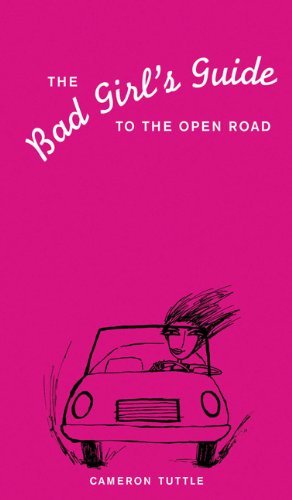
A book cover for The Bad Girl's Guide to the Open Road; Cameron Tuttle; Travel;